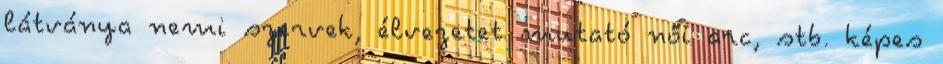
látványa nemi szervek, élvezetet mutató női arc, stb. képes